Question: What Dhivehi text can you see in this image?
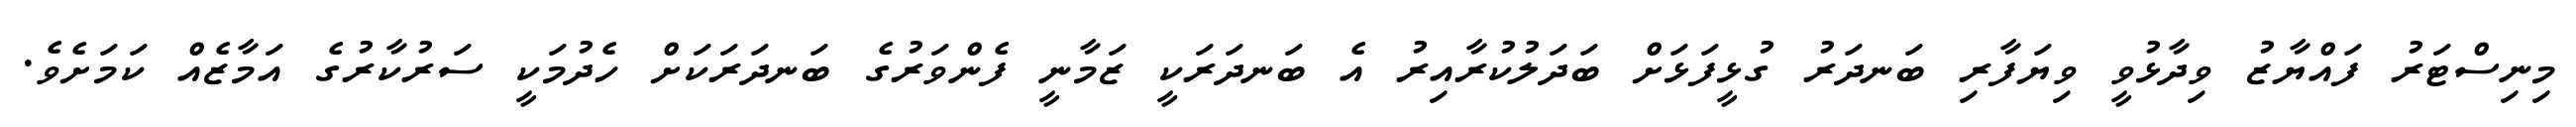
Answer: މިނިސްޓަރު ފައްޔާޒު ވިދާޅުވީ ވިޔަފާރި ބަނދަރު ގުޅީފަޅަށް ބަދަލުކުރާއިރު އެ ބަނދަރަކީ ޒަމާނީ ފެންވަރުގެ ބަނދަރަކަށް ހެދުމަކީ ސަރުކާރުގެ އަމާޒެއް ކަމަށެވެ.